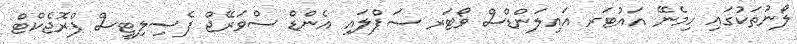
ލޯނުތަކުގައި ހިމެނޭ އައުޓަރ އައިލަންޑްސް ވޯޓަރ ސަޕްލައި އެންޑް ސްވަރޭޖް ފެސިލިޓީސް ޕްރޮޖެކްޓް